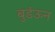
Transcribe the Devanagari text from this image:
बुडंऊन